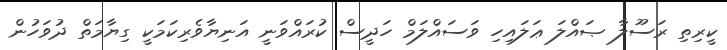
ކީރިތި ރަސޫލާ ޞައްލަ ޢަލައިހި ވަސައްލަމް ހަދީސް ކުރައްވަނީ އަނިޔާވެރިކަމަކީ ގިޔާމަތް ދުވަހުން